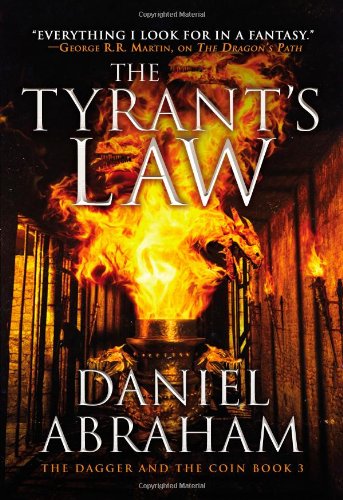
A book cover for The Tyrant's Law (The Dagger and the Coin); Daniel Abraham; Literature & Fiction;